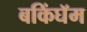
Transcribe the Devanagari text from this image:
बकिंघॅम